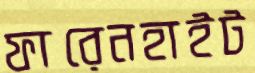
ফারেনহাইট